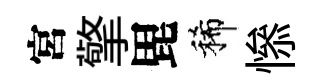
宮擎毘稀𢡖